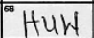
Transcription: HUW